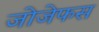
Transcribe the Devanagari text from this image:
जोजेफस